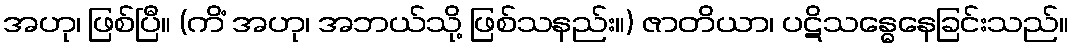
အဟု၊ ဖြစ်ပြီ။ (ကိံ အဟု၊ အဘယ်သို့ ဖြစ်သနည်း။) ဇာတိယာ၊ ပဋိသန္ဓေနေခြင်းသည်။